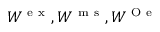
W ^ { \mathrm { ~ e ~ x ~ } } , W ^ { \mathrm { ~ m ~ s ~ } } , W ^ { \mathrm { ~ O ~ e ~ } }